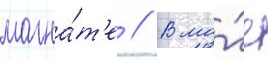
магна́т'е // В ма́е